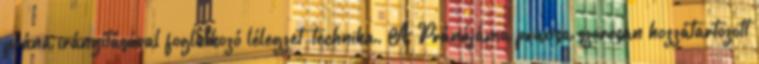
prána irányításával foglalkozó lélegzet-technika. A Pránájáma praxisa szorosan hozzátartozott